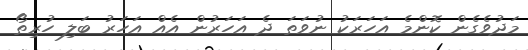
މަދުވެގެން ކޮންމެ އަހަރަކު ނުވަތަ ދެ އަހަރުން އެއް އަހަރު ބަލި ހުރިތޯ